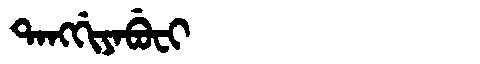
Manchu: ᡨᠠᠩᡤᡳᠶᠠᠪᡠᠸᡳ
Romanization: TANGGIYABUFI